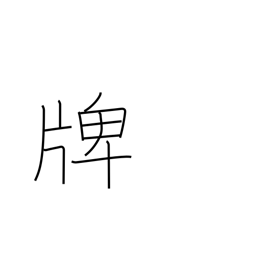
Meaning: medal